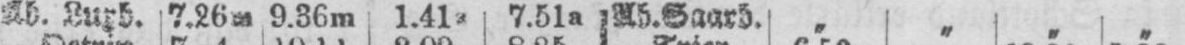
Ab. Luxb. 7.26m 9.36m 1.41a 7.51a Ab. Saarb. „ „ „ „